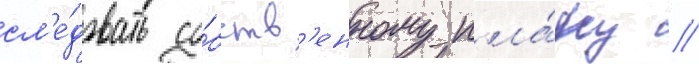
сл'е́довать со́бств'енному пла́ну //